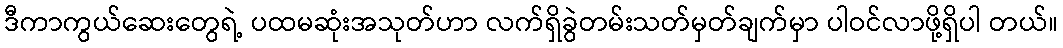
ဒီကာကွယ်ဆေးတွေရဲ့ ပထမဆုံးအသုတ်ဟာ လက်ရှိခွဲတမ်းသတ်မှတ်ချက်မှာ ပါဝင်လာဖို့ရှိပါ တယ်။